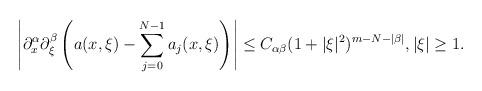
LaTeX: \begin{align*}\left|\partial_x^\alpha\partial_{\xi}^\beta\left(a(x,\xi)-\sum_{j=0}^{N-1}a_j(x,\xi)\right)\right|\leq C_{\alpha\beta}(1+|\xi|^2)^{m-N-|\beta|},|\xi|\geq 1.\end{align*}